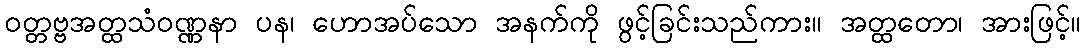
ဝတ္တဗ္ဗအတ္ထသံဝဏ္ဏနာ ပန၊ ဟောအပ်သော အနက်ကို ဖွင့်ခြင်းသည်ကား။ အတ္ထတော၊ အားဖြင့်။